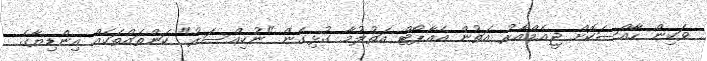
ވަކިން ހާއްސަކޮށް ޖީއެމްއާރު އަތުން އެއާޕޯޓް އަތުލުމާ ގުޅިގެން "ނުކިއްސަރު" ކަންތައްތަކެއް އިންޑިޔާގެ